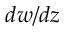
d w / d z